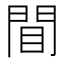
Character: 𫔝